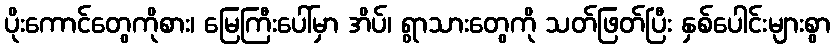
ပိုးကောင်တွေကိုစား၊ မြေကြီးပေါ်မှာ အိပ်၊ ရွာသားတွေကို သတ်ဖြတ်ပြီး နှစ်ပေါင်းများစွာ